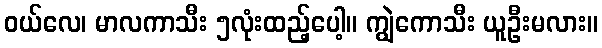
ဝယ်လေ၊ မာလကာသီး ၅လုံးထည့်ပေါ့။ ကျွဲကောသီး ယူဦးမလား။